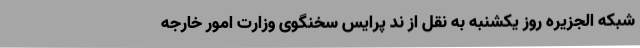
شبکه الجزیره روز یکشنبه به نقل از ند پرایس سخنگوی وزارت امور خارجه